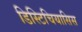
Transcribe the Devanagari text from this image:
डिस्टिचियासिस